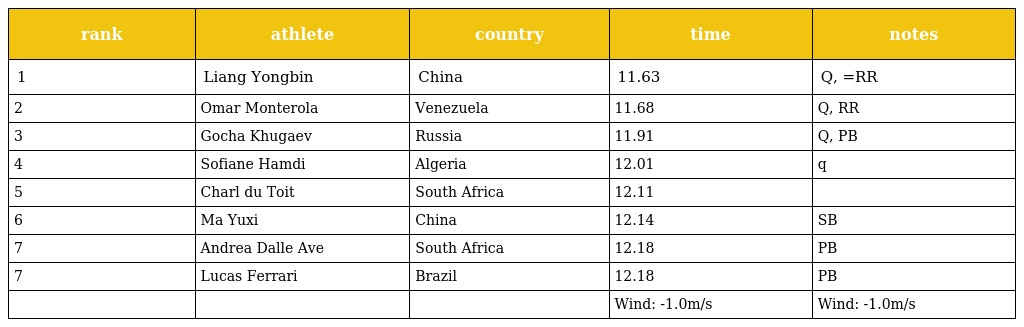
| rank | athlete | country | time | notes |
 | --- | --- | --- | --- | --- |
 | 1 | Liang Yongbin | China | 11.63 | Q, =RR |
 | 2 | Omar Monterola | Venezuela | 11.68 | Q, RR |
 | 3 | Gocha Khugaev | Russia | 11.91 | Q, PB |
 | 4 | Sofiane Hamdi | Algeria | 12.01 | q |
 | 5 | Charl du Toit | South Africa | 12.11 |  |
 | 6 | Ma Yuxi | China | 12.14 | SB |
 | 7 | Andrea Dalle Ave | South Africa | 12.18 | PB |
 | 7 | Lucas Ferrari | Brazil | 12.18 | PB |
 |  |  |  | Wind: -1.0m/s | Wind: -1.0m/s |